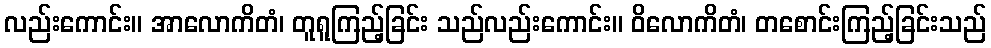
လည်းကောင်း။ အာလောကိတံ၊ တူရူကြည့်ခြင်း သည်လည်းကောင်း။ ဝိလောကိတံ၊ တစောင်းကြည့်ခြင်းသည်